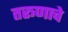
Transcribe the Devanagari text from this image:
तरूणाचे